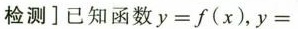
检测 ] 已知函数 $$y = f ( x )$$，$$y =